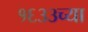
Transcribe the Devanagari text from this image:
१६३३च्या